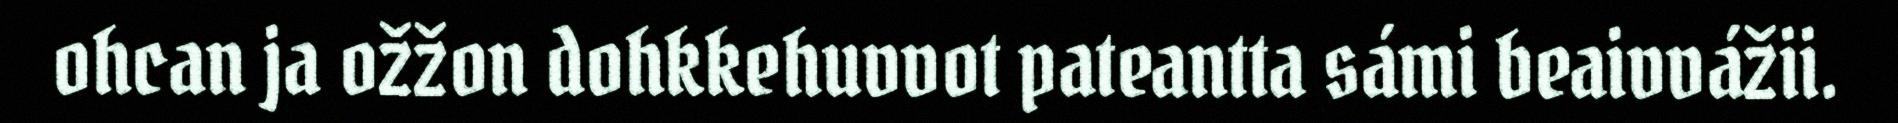
ohcan ja ožžon dohkkehuvvot pateantta sámi beaivvážii.